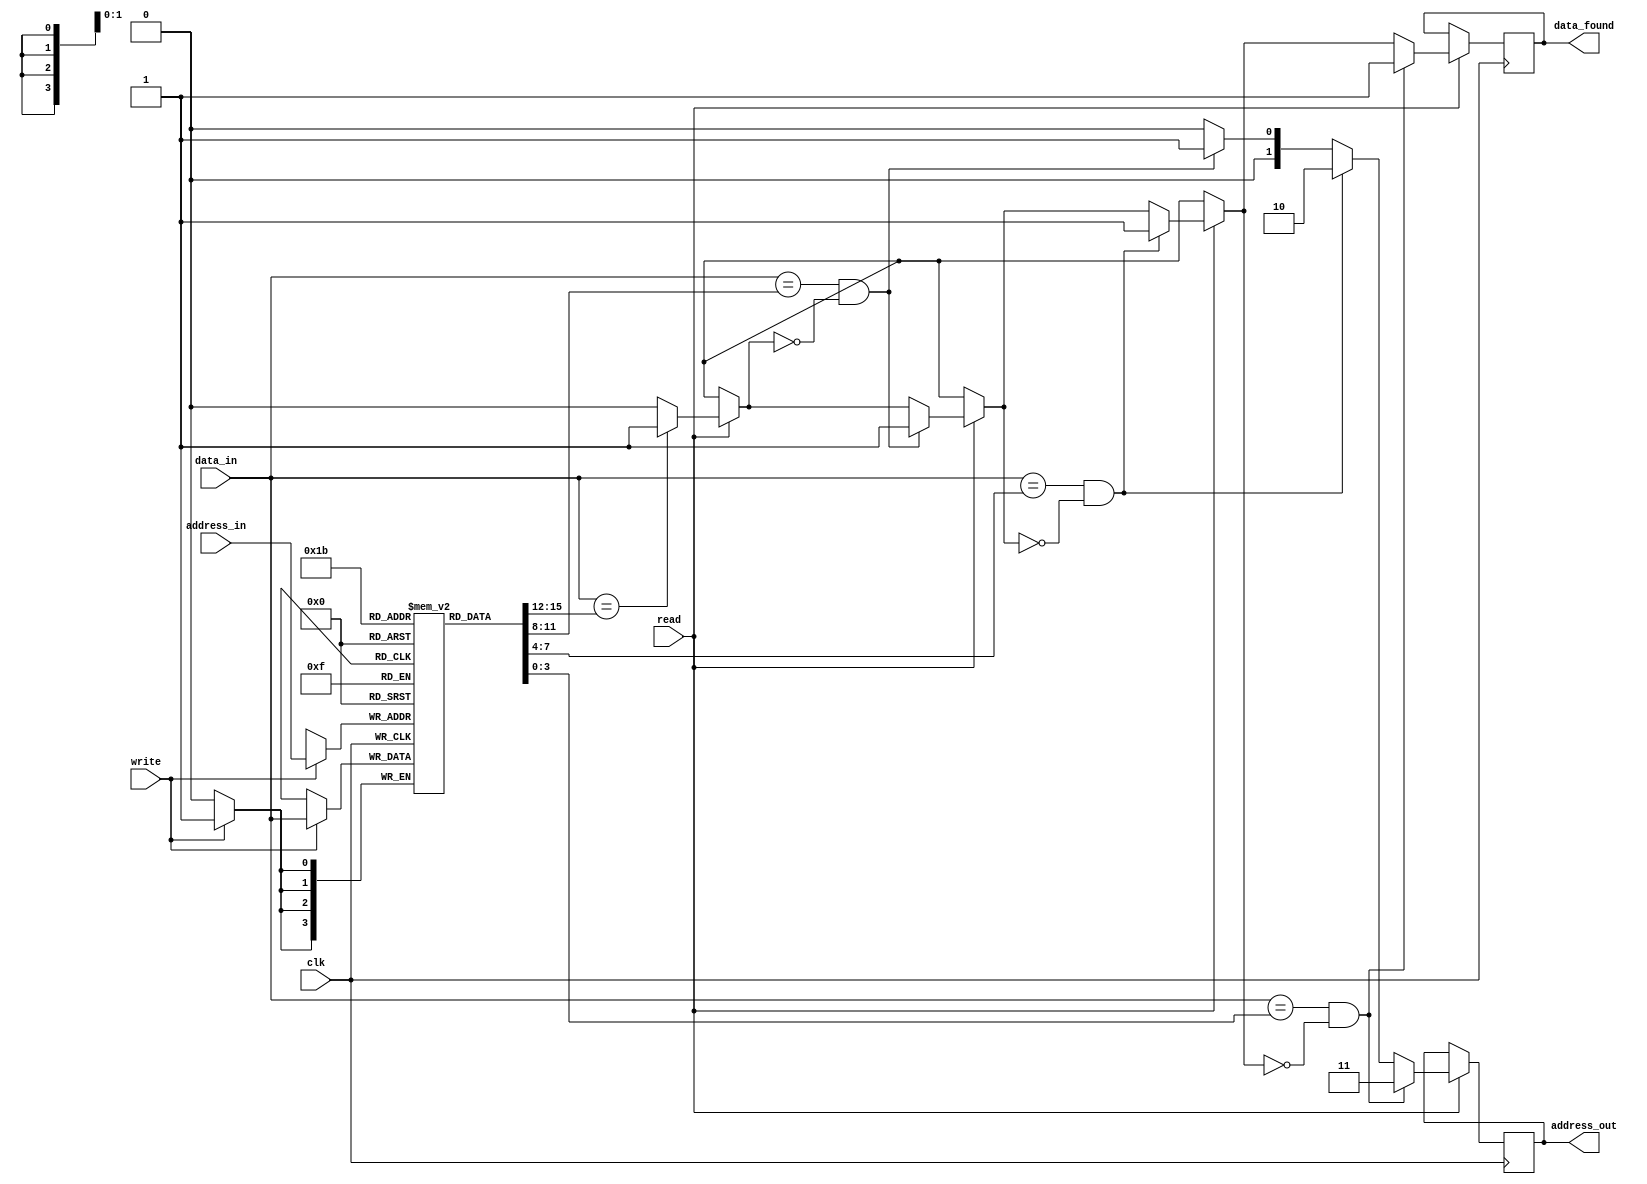
module readandwrite (clk, read, write, address_in, data_in, data_found, address_out);

  parameter ADDR_WIDTH  = 2; // Number of bits in a memory address
  parameter ADDR_DEPTH = (1 << ADDR_WIDTH); // Number of possible addresses
  parameter DATA_WIDTH = 4; // Number of bits in row of mememory content
  
  // ===== INPUTS =====
  input clk; // the system clock
  input read; // a boolean stating to read the data in data_in
  input write; // a boolean stating to write the data in data_in
  input[ADDR_WIDTH-1:0] address_in; //an address to be written to
  input [DATA_WIDTH-1:0]data_in; // data to be written to searched for
  
  // ===== OUTPUTS =====
  output reg data_found; // whether or not data_in was found
  output reg [ADDR_WIDTH-1:0] address_out; // the address of data_in

  // ===== LOCAL VARS =====

  integer i; // Counter variable
  reg [3:0] datastore[DATA_WIDTH-1:0]; // Memory storage
  reg found; // Whether data was found
  reg [ADDR_WIDTH-1:0] addr; // Memory address location

  // WRITE TO DATA STORE
  always @ (negedge clk) begin
    if (write)  begin          
      datastore[address_in] <= data_in;
    end
  end

  // SEARCH FOR DATA, RETURN ADDRESS AND 'FOUND' BIT
 always @(posedge clk) begin
    
    // Clear temporary address and found flag
    addr   = {ADDR_WIDTH{1'b0}};
    found  = 1'b0;
    
    if (read == 1'b1) begin
      
     // Loop through memory contents
     for (i=0; i<ADDR_DEPTH; i=i+1) begin
       // Store memory address of first instance where data matches.
        if ((data_in == datastore[i]) && !found) begin
          found = 1'b1;
          addr  = i;
        end
      end    
      
      // Set final output variables to local vars' values; 
      // Using local vars keeps wave output clean.
      address_out = addr;
      data_found = found;
    end
  end
  
endmodule